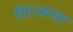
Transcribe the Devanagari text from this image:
दिए।आगरा